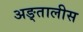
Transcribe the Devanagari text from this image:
अङ्तालीस